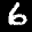
Digit: 6